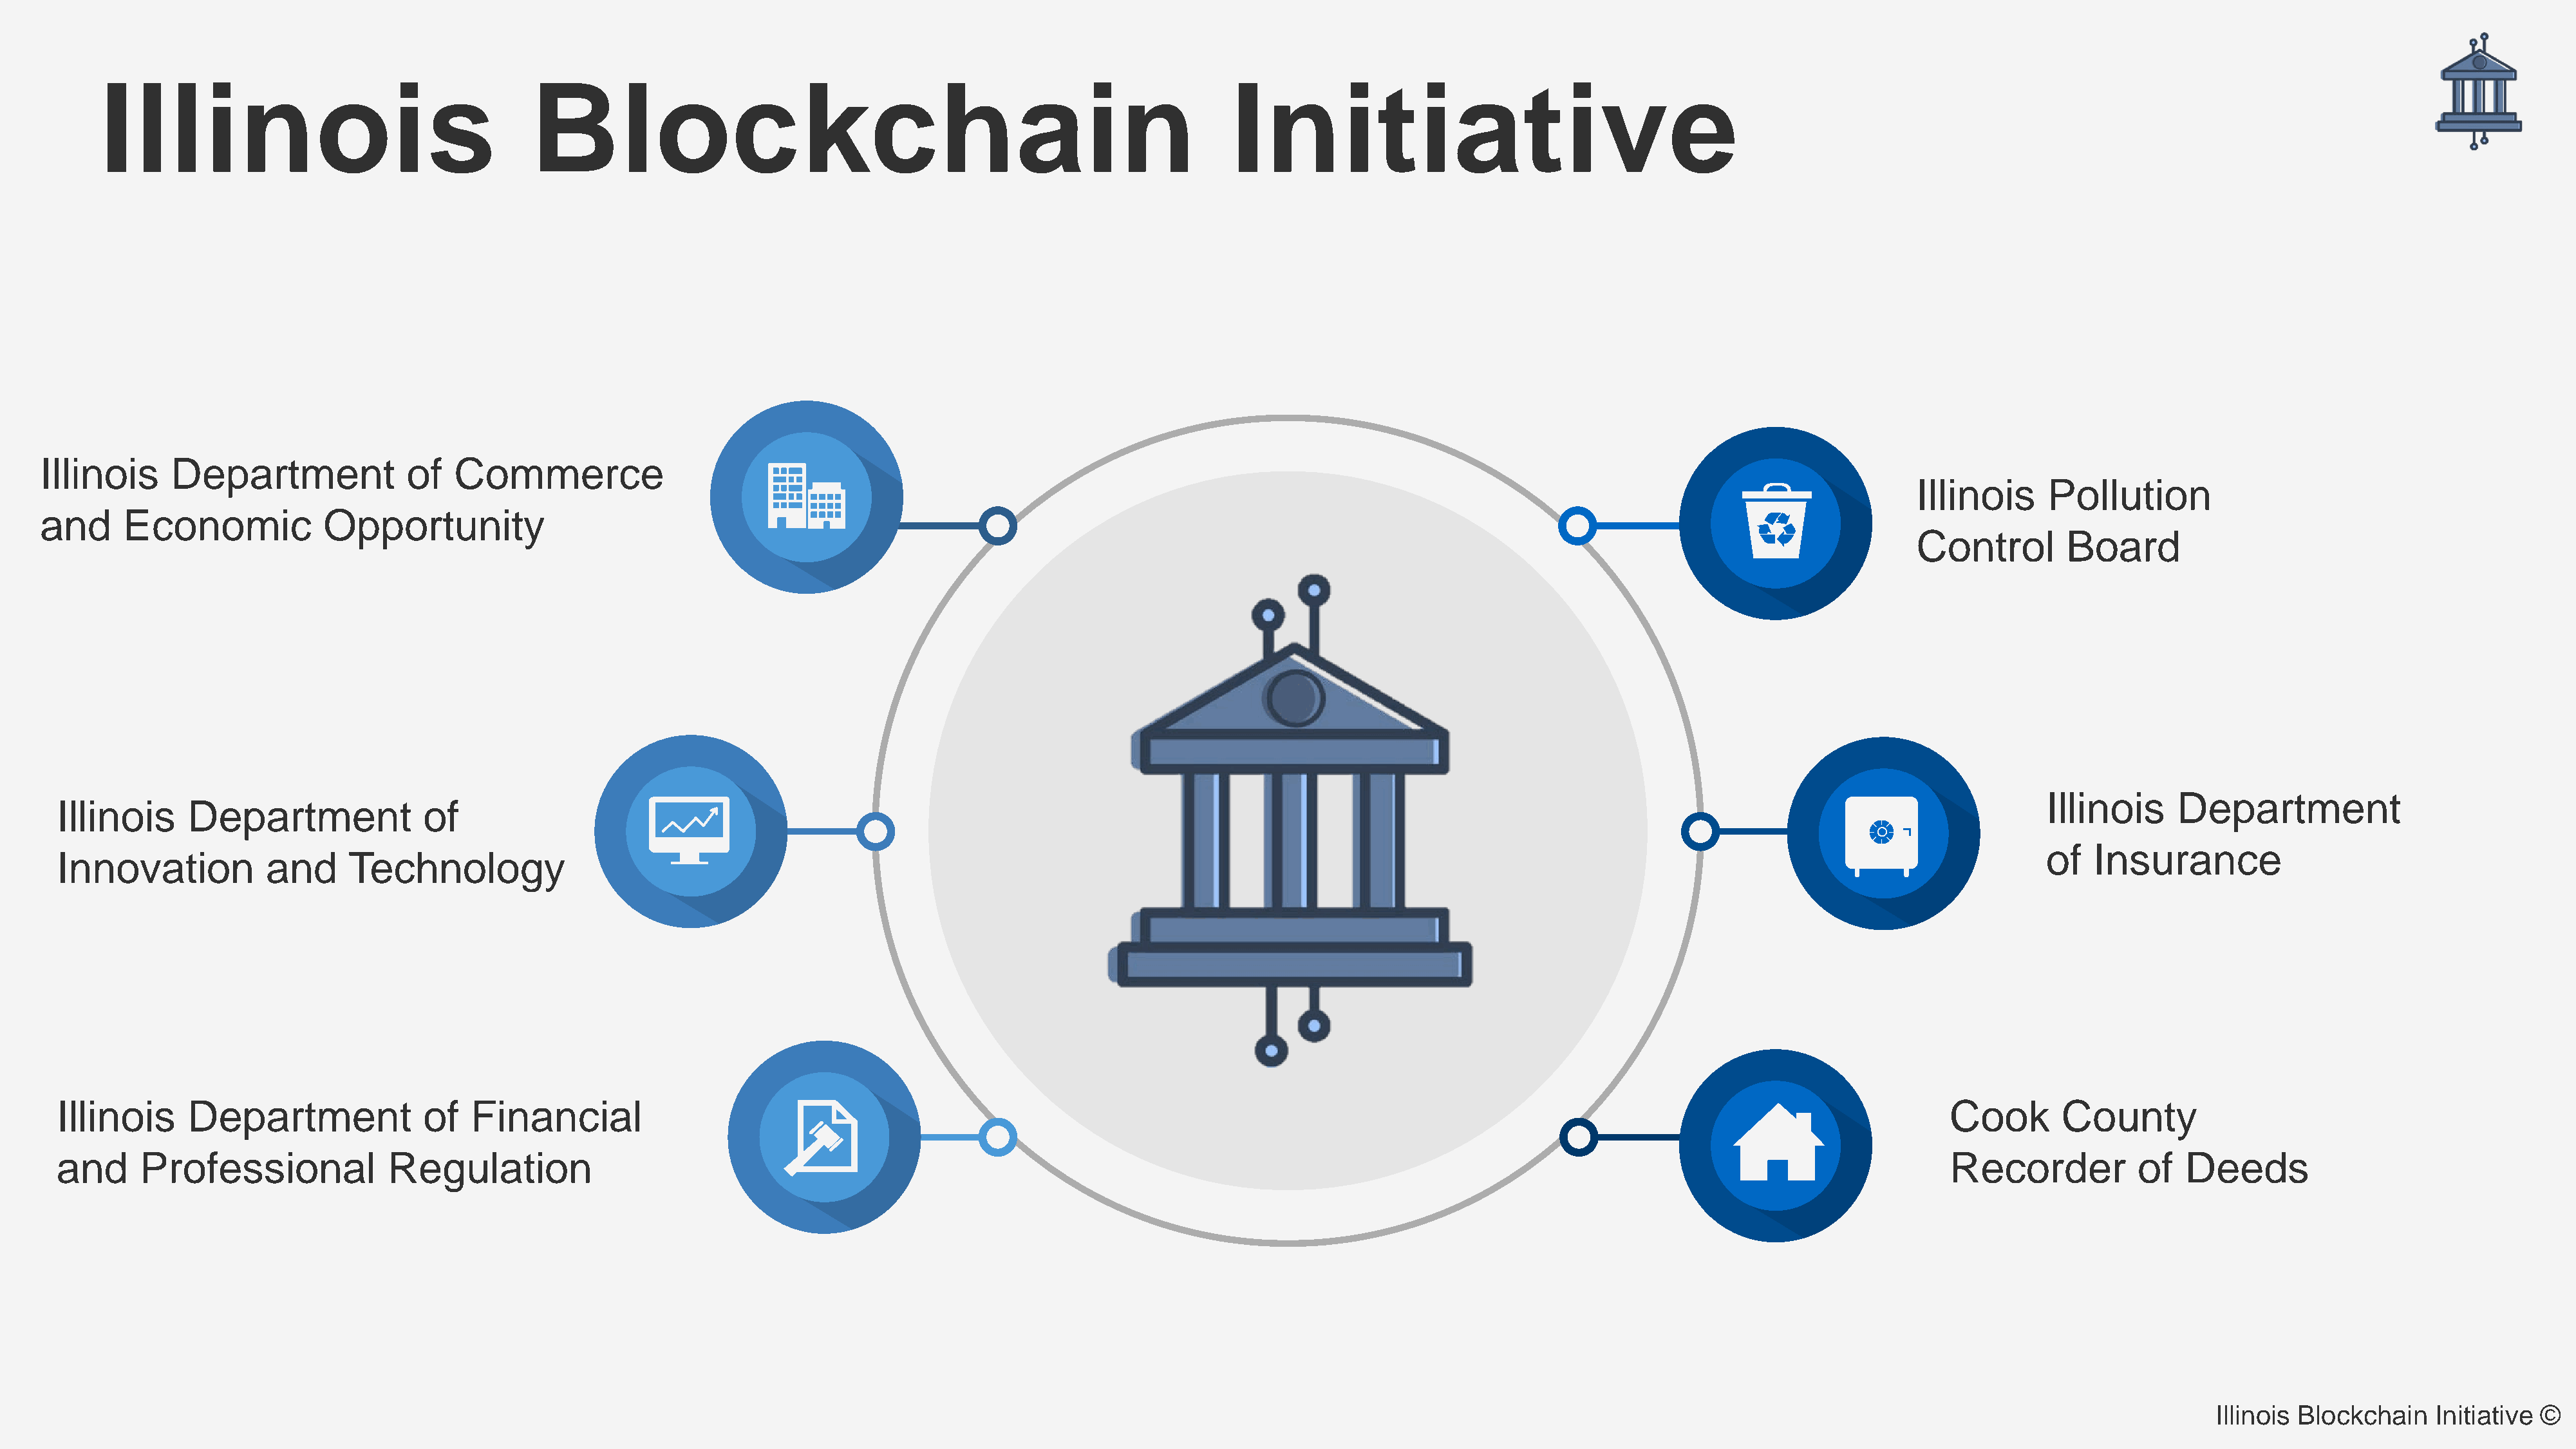
Illinois                                     Blockchain                                                              Initiative
 Illinois      Department              of   Commerce
 Illinois     Pollution
 and      Economic            Opportunity
 Control        Board
 Illinois      Department
 Illinois     Department               of
 of   Insurance
 Innovation           and      Technology
 Illinois     Department               of  Financial                                                                                                                                               Cook        County
 and     Professional              Regulation                                                                                                                                                      Recorder            of   Deeds
 Illinois Blockchain   Initiative ©